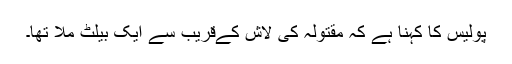
پولیس کا کہنا ہے کہ مقتولہ کی لاش کےقریب سے ایک بیلٹ ملا تھا۔